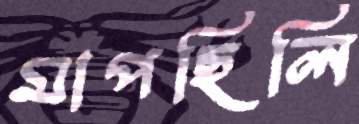
মাপছিলি